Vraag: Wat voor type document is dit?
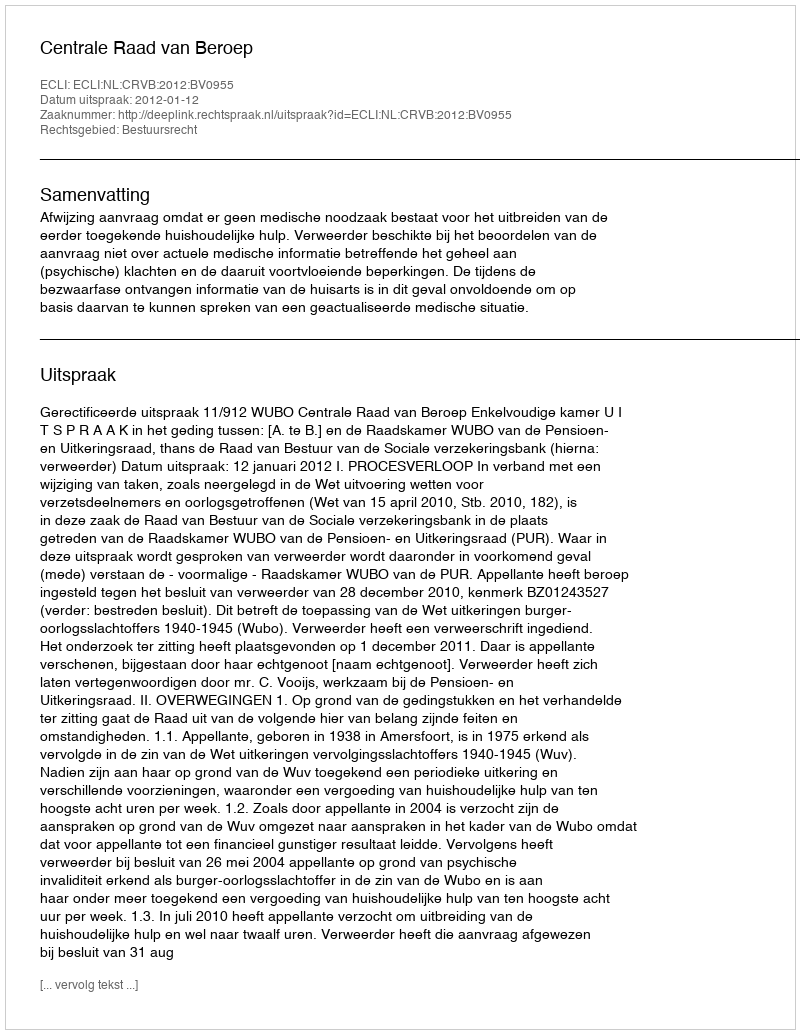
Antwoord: Uitspraak